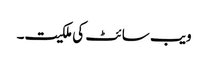
ویب سائٹ کی ملکیت۔